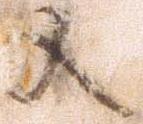
又